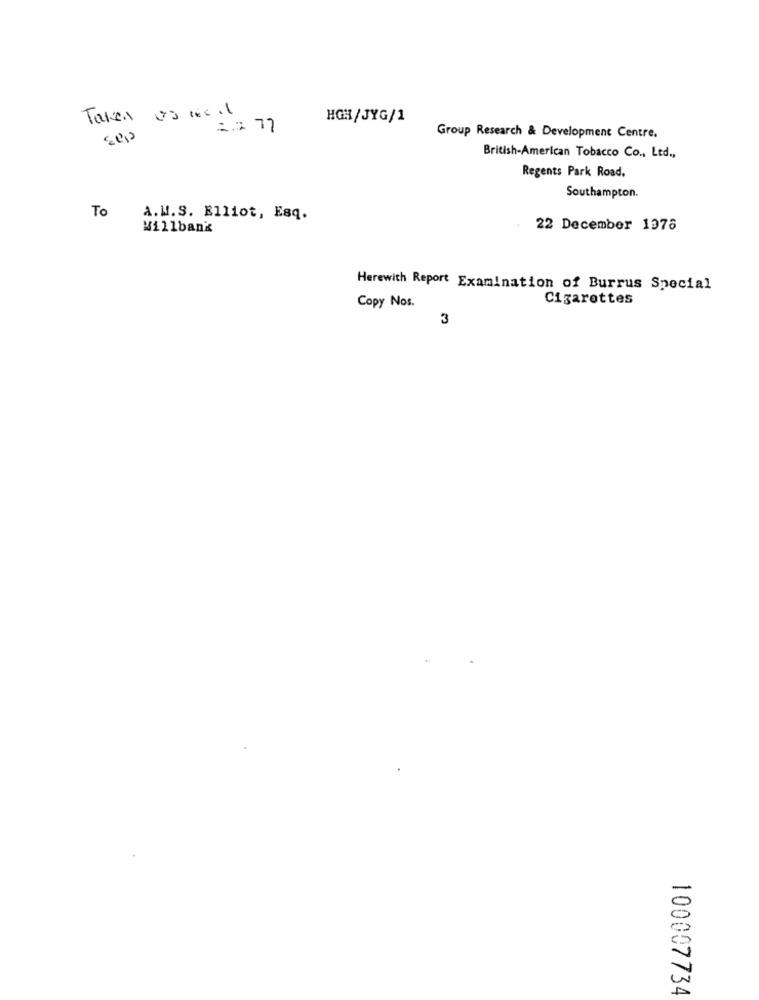
HGH/JYG/1
Group Research & Development Centre.
British-American Tobacco Co ., Ltd .,
Regents Park Road.
Southampton.
To
a.W.S. Elliot, Esq.
Willbank
22 December 1376
Herewith Report Examination of Burrus Special
Cigarettes
Copy Nos.
3
100007734